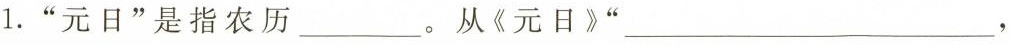
1.”元日”是指农历___。从《元日》”_”